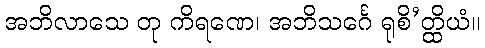
အဘိလာသေ တု ကိရဏေ၊ အဘိသင်္ဂေ ရုစိ’တ္ထိယံ။